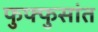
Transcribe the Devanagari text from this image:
फुफ्फुसांत